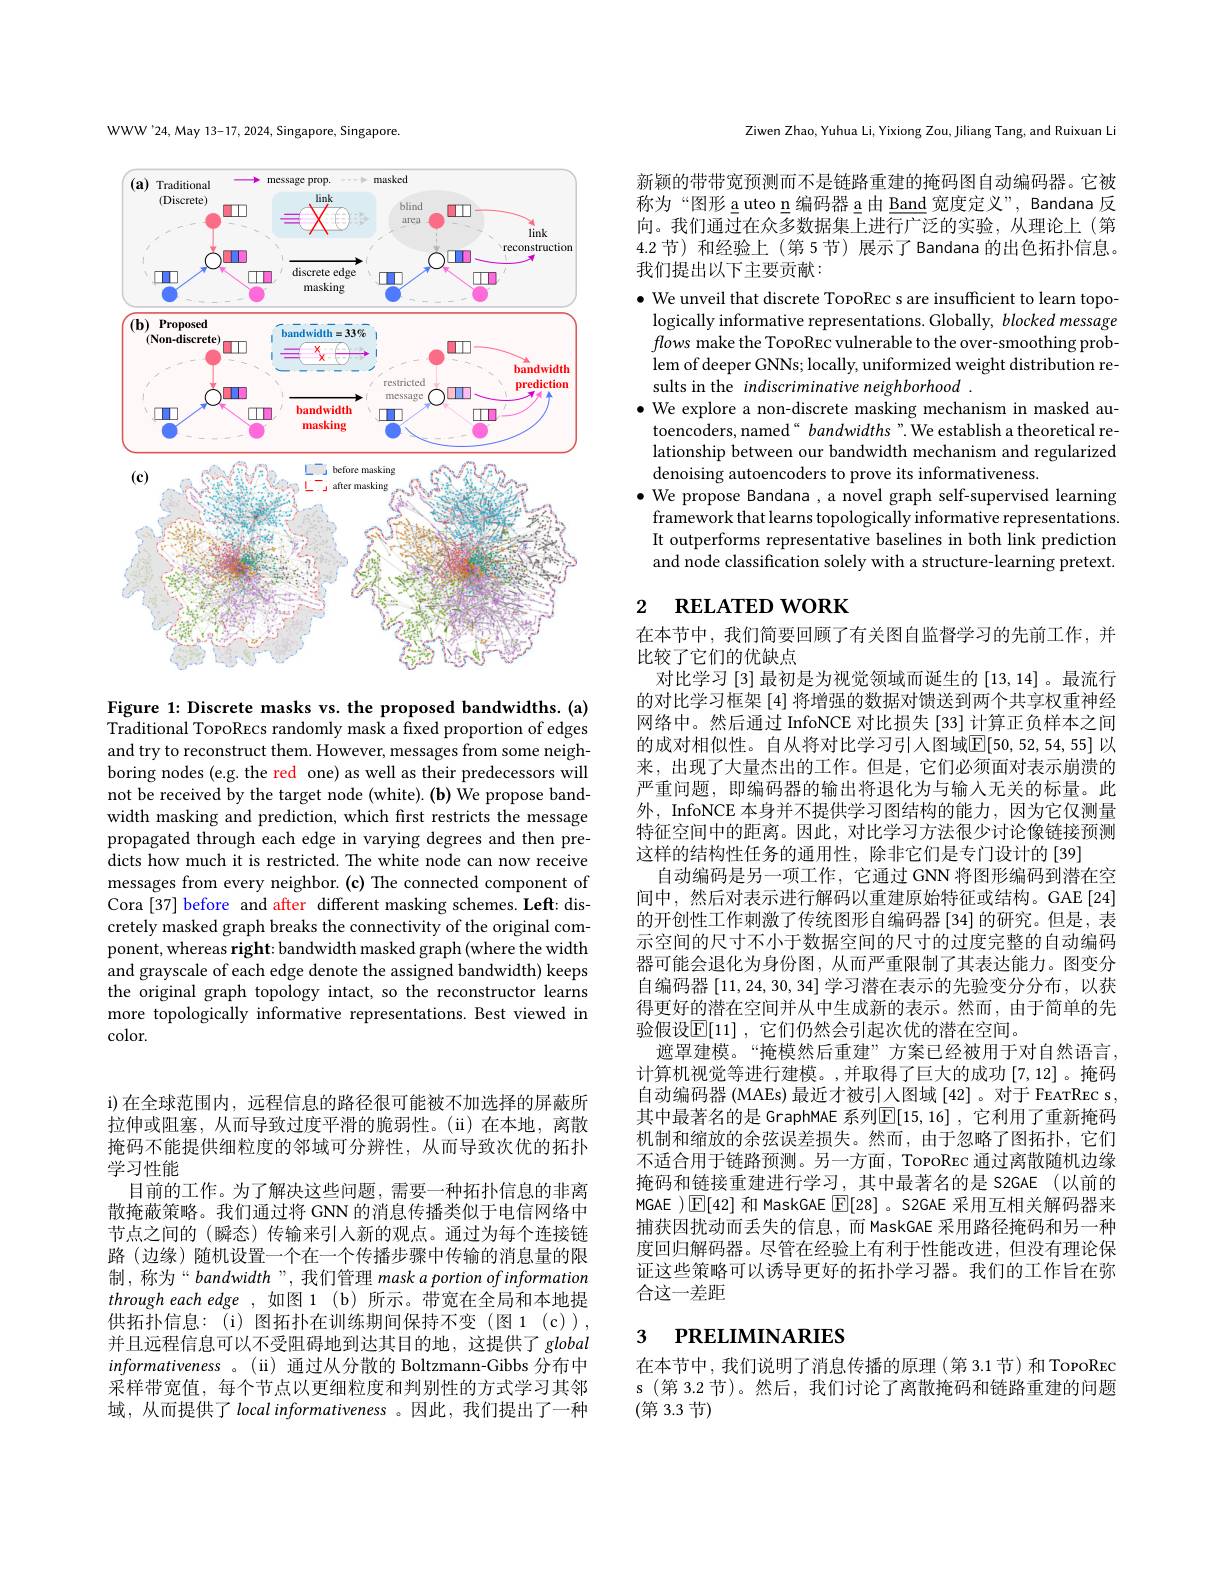
WWW'24, May 13-17, 2024, Singapore, Singapore

<FigureHere>

Figure 1: Discrete masks vs. the proposed bandwidths. (a) Traditional TopoRecs randomly mask a fixed proportion of edges and try to reconstruct them. However, messages from some neighboring nodes (e.g. the red one) as well as their predecessors will not be received by the target node (white). (b) We propose bandwidth masking and prediction, which first restricts the message propagated through each edge in varying degrees and then predicts how much it is restricted. The white node can now receive messages from every neighbor.(c) The connected component of Cora [37] before and after different masking schemes. Left: discretely masked graph breaks the connectivity of the original component, whereas right: bandwidth masked graph (where the width and grayscale of each edge denote the assigned bandwidth) keeps the original graph topology intact, so the reconstructor learns more topologically informative representations. Best viewed in color.

i)在全球范围内，远程信息的路径很可能被不加选择的屏蔽所拉伸或阻塞，从而导致过度平滑的脆弱性。(ii)在本地，离散掩码不能提供细粒度的邻域可分辨性，从而导致次优的拓扑学习性能
目前的工作。为了解决这些问题，需要一种拓扑信息的非离散掩蔽策略。我们通过将 GNN 的消息传播类似于电信网络中节点之间的(瞬态)传输来引入新的观点。通过为每个连接链路 (边缘)随机设置一个在一个传播步骤中传输的消息量的限制，称为“bandwidth”, 我们管理 mask a portion of information through each edge ,如图 1 (b) 所示。带宽在全局和本地提供拓扑信息：(i)图拓扑在训练期间保持不变(图1(c)), 并且远程信息可以不受阻碍地到达其目的地，这提供了 global informativeness 。( ii) 通过从分散的 Boltzmann-Gibbs 分布中采样带宽值，每个节点以更细粒度和判别性的方式学习其邻域，从而提供了 local informativeness 。因此，我们提出了一种

Ziwen Zhao, Yuhua Li, Yixiong Zou, Jiliang Tang, and Ruixuan Li

新颖的带带宽预测而不是链路重建的掩码图自动编码器。它被称为“图形 a uteo n 编码器 a 由 Band 宽度定义”, Bandana 反向。我们通过在众多数据集上进行广泛的实验，从理论上(第4.2 节) 和经验上 (第5节) 展示了Bandana 的出色拓扑信息。我们提出以下主要贡献：

$\bullet$ We unveil that discrete TopoREc s are insufficient to learn topologically informative representations. Globally, blocked message flows make the TopoRec vulnerable to the over-smoothing problem of deeper GNNs; locally, uniformized weight distribution results in the indiscriminative neighborhood .
$\bullet$ We explore a non-discrete masking mechanism in masked au-
toencoders, named“ bandwidths”.We establish a theoretical relationship between our bandwidth mechanism and regularized denoising autoencoders to prove its informativeness.
$\bullet$ We propose Bandana , a novel graph self-supervised learning
framework that learns topologically informative representations. It outperforms representative baselines in both link prediction and node classification solely with a structure-learning pretext.

# 2 RELATED WORK

在本节中，我们简要回顾了有关图自监督学习的先前工作，并
比较了它们的优缺点
对比学习 [3] 最初是为视觉领域而诞生的 [13,14] 。最流行的对比学习框架 [4] 将增强的数据对馈送到两个共享权重神经网络中。然后通过 InfoNCE 对比损失 [33] 计算正负样本之间的成对相似性。自从将对比学习引人图域$\overline{\mathbb{F}}[50,52,54,55]$ 以来，出现了大量杰出的工作。但是，它们必须面对表示崩溃的严重问题，即编码器的输出将退化为与输入无关的标量。此外，InfoNCE 本身并不提供学习图结构的能力，因为它仅测量特征空间中的距离。因此，对比学习方法很少讨论像链接预测这样的结构性任务的通用性，除非它们是专门设计的[39]
自动编码是另一项工作，它通过 GNN 将图形编码到潜在空间中，然后对表示进行解码以重建原始特征或结构。GAE[24] 的开创性工作刺激了传统图形自编码器 [34] 的研究。但是，表示空间的尺寸不小于数据空间的尺寸的过度完整的自动编码器可能会退化为身份图，从而严重限制了其表达能力。图变分自编码器[11,24,30,34]学习潜在表示的先验变分分布，以获得更好的潜在空间并从中生成新的表示。然而，由于简单的先验假设$\mathbb{E}[11]$, 它们仍然会引起次优的潜在空间。
遮罩建模。“掩模然后重建”方案已经被用于对自然语言计算机视觉等进行建模。,并取得了巨大的成功[7,12] 。掩码自动编码器 (MAEs) 最近才被引人图域[42]。对于 FEATREC s, 其中最著名的是 GraphMAE 系列$\mathbb{E}[15,16]$ ,它利用了重新掩码机制和缩放的余弦误差损失。然而，由于忽略了图拓扑，它们不适合用于链路预测。另一方面，TopoRec 通过离散随机边缘掩码和链接重建进行学习，其中最著名的是 S2GAE(以前的MGAE )$\boxed{\mathbb{E}}[42]$和 MaskGAE $\boxed{\mathbb{F}}[28]$ 。S2GAE 采用互相关解码器来捕获因扰动而丢失的信息，而 MaskGAE 采用路径掩码和另一种度回归解码器。尽管在经验上有利于性能改进，但没有理论保证这些策略可以诱导更好的拓扑学习器。我们的工作旨在弥合这一差距

## 3 PRELIMINARIES

在本节中，我们说明了消息传播的原理(第 3.1 节)和 TopoRec s (第 3.2 节)。然后，我们讨论了离散掩码和链路重建的问题(第 3.3 节)